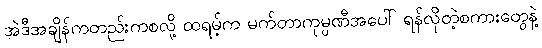
အဲဒီအချိန်ကတည်းကစလို့ ထရမ့်က မက်တာကုမ္ပဏီအပေါ် ရန်လိုတဲ့စကားတွေနဲ့